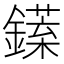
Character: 𨬘